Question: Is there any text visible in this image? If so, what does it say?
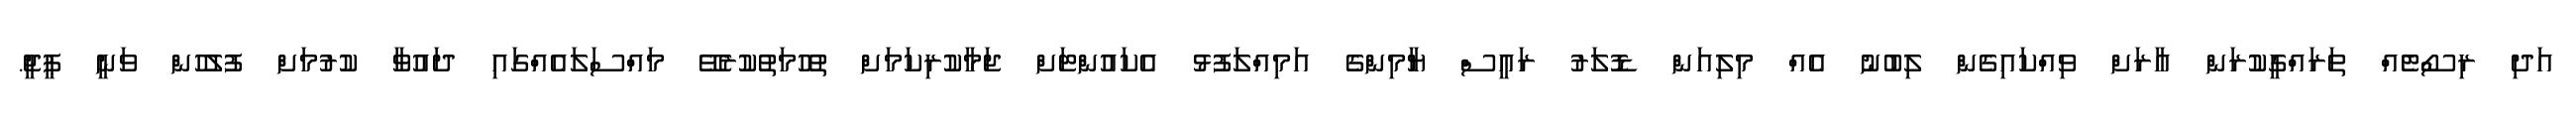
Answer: އަދި ރިސޯޓެއް ތަރައްގީކުރަން އާރަށް ވިއްކައިގެން ލިބުނު އެއް މިލިއަން ޑޮލަރު ރައީސް ޔާމިންގެ އަމިއްލަފުޅު އެކައުންޓަށް ޖަމާކުރިކަމަށް ތުހުމަތުކުރެވޭ މައްސަލައެއްގައި ދައުވާ ކުރުމަށް ފުލުހުން ވަނީ ޕީޖީ.